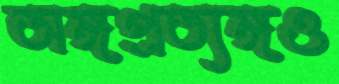
অঙ্গপ্রত্যঙ্গও